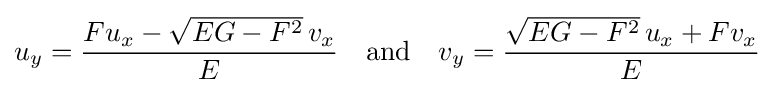
\displaystyle u_{y}={\frac {Fu_{x}-{\sqrt {EG-F^{2}}}\,v_{x}}{E}}\quad {\text{and}}\quad v_{y}={\frac {{\sqrt {EG-F^{2}}}\,u_{x}+Fv_{x}}{E}}